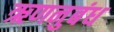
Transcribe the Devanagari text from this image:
ऋणनुबंध